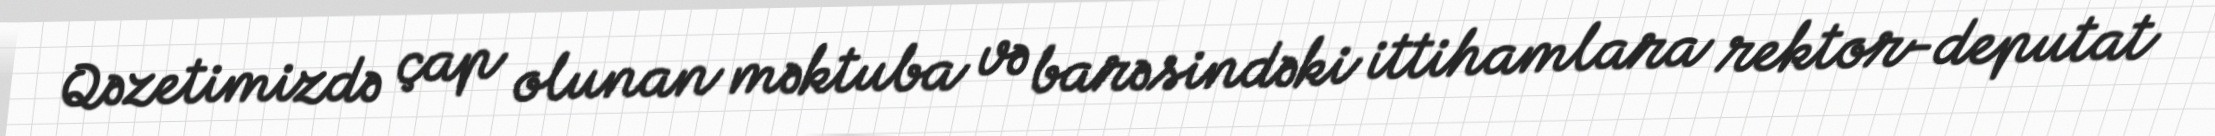
Qəzetimizdə çap olunan məktuba və barəsindəki ittihamlara rektor-deputat